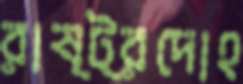
রাষ্ট্রদোহ